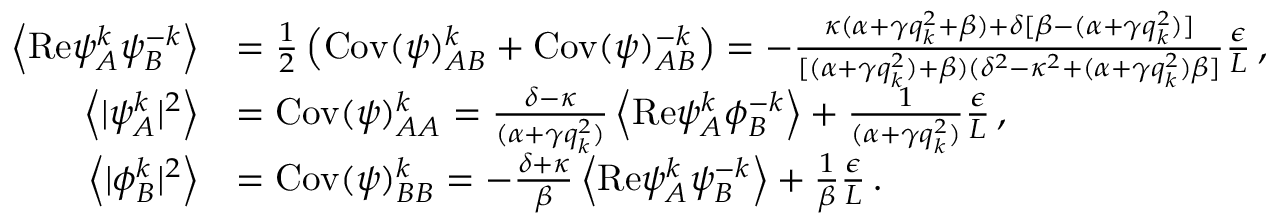
\begin{array} { r l } { \left\langle \mathrm { R e } { \psi } _ { A } ^ { k } { \psi } _ { B } ^ { - k } \right\rangle } & { = \frac { 1 } { 2 } \left( \mathrm { C o v } ( \psi ) _ { A B } ^ { k } + \mathrm { C o v } ( \psi ) _ { A B } ^ { - k } \right) = - \frac { \kappa ( \alpha + \gamma q _ { k } ^ { 2 } + \beta ) + \delta [ \beta - ( \alpha + \gamma q _ { k } ^ { 2 } ) ] } { [ ( \alpha + \gamma q _ { k } ^ { 2 } ) + \beta ) ( \delta ^ { 2 } - \kappa ^ { 2 } + ( \alpha + \gamma q _ { k } ^ { 2 } ) \beta ] } \frac { \epsilon } { L } \, , } \\ { \left\langle \vert { \psi } _ { A } ^ { k } \vert ^ { 2 } \right\rangle } & { = \mathrm { C o v } ( \psi ) _ { A A } ^ { k } = \frac { \delta - \kappa } { ( \alpha + \gamma q _ { k } ^ { 2 } ) } \left\langle \mathrm { R e } { \psi } _ { A } ^ { k } { \phi } _ { B } ^ { - k } \right\rangle + \frac { 1 } { ( \alpha + \gamma q _ { k } ^ { 2 } ) } \frac { \epsilon } { L } \, , } \\ { \left\langle \vert { \phi } _ { B } ^ { k } \vert ^ { 2 } \right\rangle } & { = \mathrm { C o v } ( \psi ) _ { B B } ^ { k } = - \frac { \delta + \kappa } { \beta } \left\langle \mathrm { R e } { \psi } _ { A } ^ { k } { \psi } _ { B } ^ { - k } \right\rangle + \frac { 1 } { \beta } \frac { \epsilon } { L } \, . } \end{array}